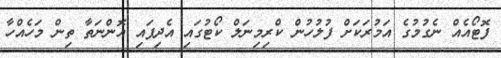
ފޮޓޯއެއް ނެގުމުގެ އަމުރަކަށް ފުލުހުން ކްރިމިނަލް ކޯޓުގައި އެދިފައި އޮންނަތާ ތިން މަހެއްހާ